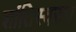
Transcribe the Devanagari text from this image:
शांतिस्वरुप